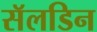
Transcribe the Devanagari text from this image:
सॅलडिन